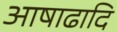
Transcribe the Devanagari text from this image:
आषाढादि